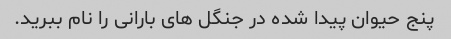
پنج حیوان پیدا شده در جنگل های بارانی را نام ببرید.